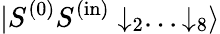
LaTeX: {|S^{(0)}S^{(\mathrm{in})}\downarrow_{2}...\downarrow_{8}\rangle}